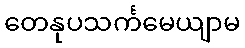
တေနုပသင်္ကမေယျာမ